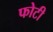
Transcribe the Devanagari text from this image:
फोटी